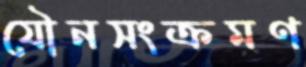
যৌনসংক্রমণ